Annual report on the health of the army in India
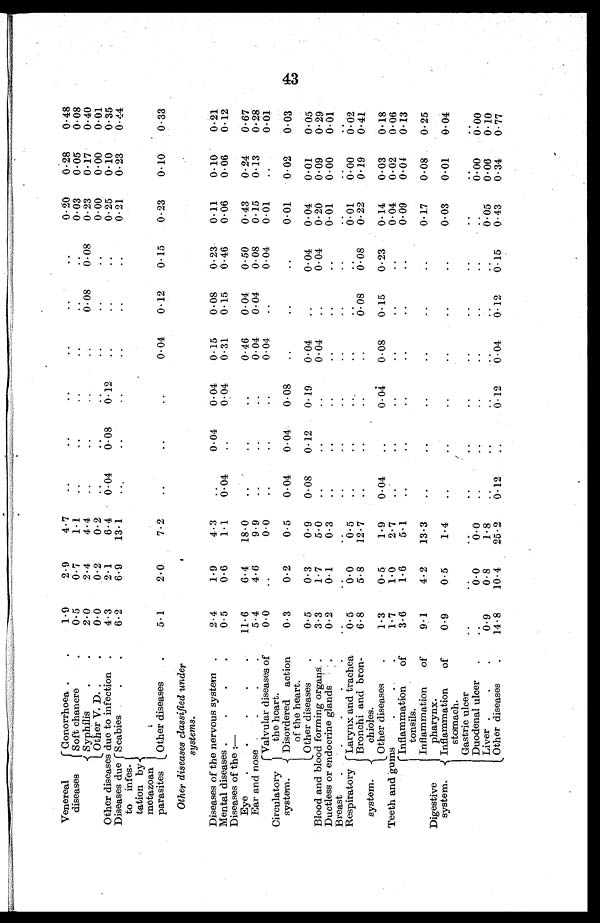
Venereal
diseases
Gonorrhoea ..
1.9
2.9
4.7
..
. .
..
..
..
..
0.20
0.28
0.48
Soft chancre
0.5
0.7
1.1
..
..
..
..
..
..
0.03
0.05
0.08
Syphilis
2.0
2.4
4.4
..
..
..
..
0.08
0.08
0.23
0.17
0.40
Other V. D
0.0
0.2
0.2
..
..
..
..
..
..
0.00
0.00
0.01
Other diseases due to infection.
4.3
2.1
6.4
0.04
0.08
0.12
..
..
..
0.25
0.10
0.35
Diseases due
to infes
¬tation by.
metazoan
parasites
Scabies..
6.2
6.9
13.1
..
..
..
..
..
..
0.21
0.23
0.44
Other diseases
5.1
2.0
7.2
..
..
..
0.04
0.12
0.15
0.23
0.10
0.33
Other diseases classified under
systems.
Diseases of the nervous system.
2.4
1.9
4.3
..
0.04
0.04
0.15
0.08
0.23
0.11
0.10
0.21
Mental diseases
0.5
0.6
1.1
0.04
..
0.04
0.31
0.15
0.46
0.06
0.06
0.12
Diseases of the :—
Eye
11.6
6.4
18.0
..
..
..
0.46
0.04
0.50
0.43
0.24
0.67
Ear and nose
5.4
4.6
9.9
..
..
..
0 . 04
0.04
0.08
0.15
0.13
0.28
Circulatory
system.
Valvular diseases of
the heart.
0.0
..
0.0
..
..
..
0 . 04
..
0.04
0.01
..
0.01
Disordered action
of the heart.
0.3
0.2
0.5
0.04
0.04
0.08
..
..
..
0.0 1
0.02
0.03
Other diseases
0.5
0.3
0.9
0.08
0.12
0.19
0.04
..
0.04
0.04
0.01
0.05
Blood and blood forming organs
3.3
1.7
5.0
. .
..
..
0.04
. .
0.04
0.20
0.09
0.29
Ductless or endocrine glands
0.2
0.1
0 . 3
. .
..
..
..
. .
..
0.01
0.00
0.01
Breast
..
. .
..
..
..
..
. .
. .
..
..
..
..
Respiratory
system.
Larynx and trachea
0.5
0.0
0.5
..
..
..
..
..
..
0.01
0.00
0.02
Bronchi and bron
¬chioles.
6.8
5.8
12.7
..
..
..
..
0.08
0.08
0.22
0.19
0.41
Other diseases
1.3
0.5
1.9
0.04
..
0.04
0.08
0.15
0.23
0.14
0.03
0.18
Teeth and gums
1.7
1.0
2.7
. .
..
..
..
..
..
0.04
0.02
0.06
Digestive
system.
Inflammation of
3.6
1.6
5.1
..
..
..
..
..
..
0.09
0.04
0.13
tonsils.
Inflammation of
pharynx.
9.1
4.2
13.3
. .
..
..
..
. .
..
0.17
0.08
0.25
Inflammation of
stomach.
0.9
0.5
1.4
..
..
..
..
..
..
0.03
0.01
0.04
Gastric ulcer
..
. .
..
..
. .
. .
. .
. .
. .
..
..
. .
Duodenal ulcer
. .
0.0
0.0
..
..
..
..
..
..
..
0.00
0.00
Liver
0 . 9
0.8
1.8
. .
. .
..
..
..
..
0.05
0.06
0.10
Other diseases
14.8
10.4
25.2
0.12
. .
0.12
0.04
0.12
0.15
0.43
0.34
0.77
43